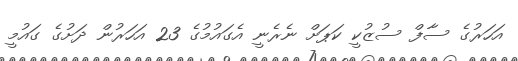
އަހަރުގެ ސާފް ސުޒުކީ ކަޕަށް ނެރެނީ އެގައުމުގެ 23 އަހަރުން ދަށުގެ ގައުމީ